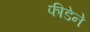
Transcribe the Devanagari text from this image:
फीडेने